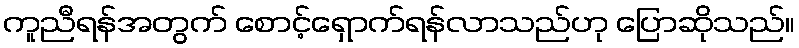
ကူညီရန်အတွက် စောင့်ရှောက်ရန်လာသည်ဟု ပြောဆိုသည်။